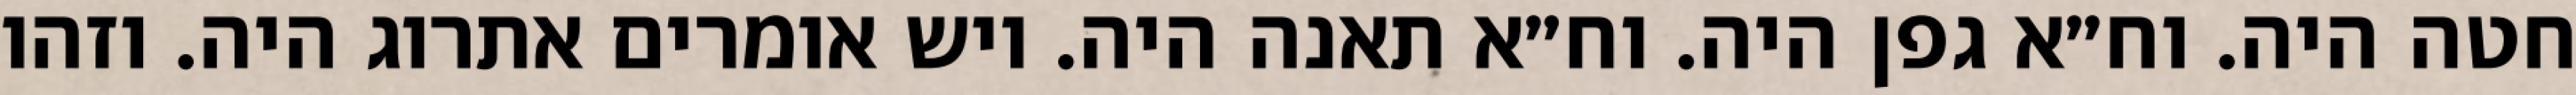
חטה היה. וח״א גפן היה. וח״א תאנה היה. ויש אומרים אתרוג היה. וזהו